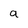
Character: a